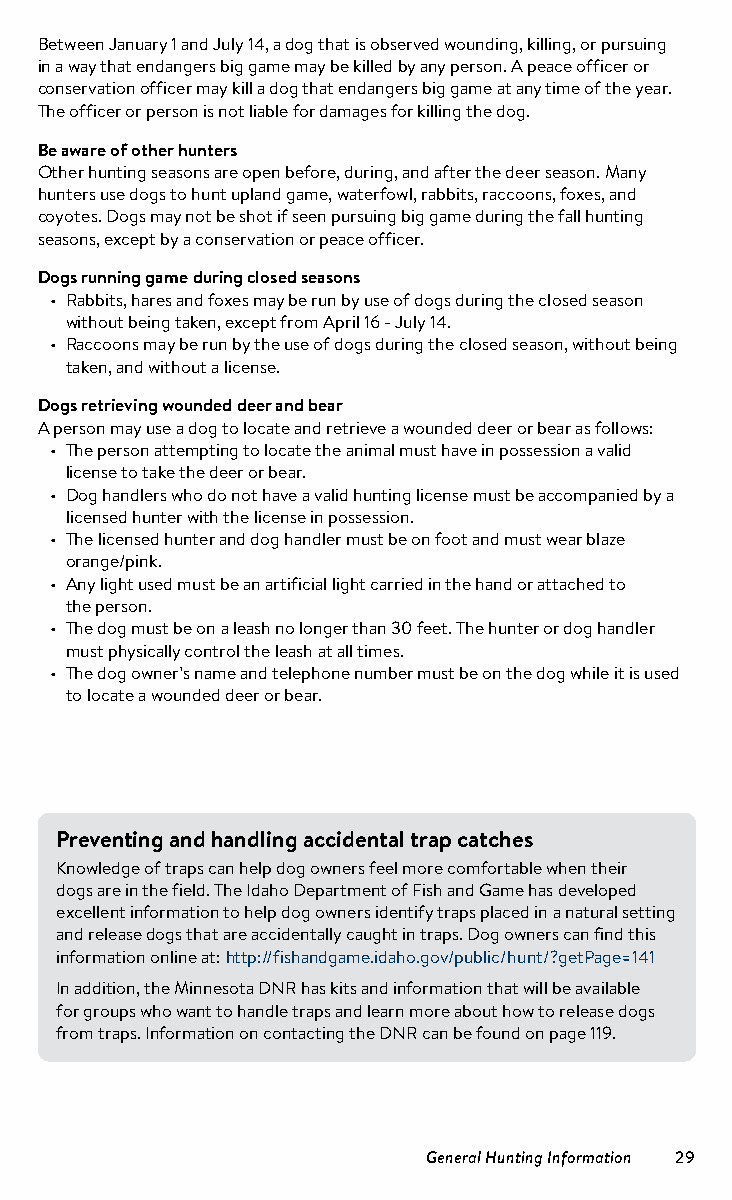
Between January 1 and July 14, a dog that is observed wounding, killing, or pursuing
 in a way that endangers big game may be killed by any person. A peace officer or
 conservation officer may kill a dog that endangers big game at any time of the year.
 The officer or person is not liable for damages for killing the dog.
 Be aware of other hunters
 Other hunting seasons are open before, during, and after the deer season. Many
 hunters use dogs to hunt upland game, waterfowl, rabbits, raccoons, foxes, and
 coyotes. Dogs may not be shot if seen pursuing big game during the fall hunting
 seasons, except by a conservation or peace officer.
 Dogs running game during closed seasons
 • Rabbits, hares and foxes may be run by use of dogs during the closed season
 without being taken, except from April 16 - July 14.
 • Raccoons may be run by the use of dogs during the closed season, without being
 taken, and without a license.
 Dogs retrieving wounded deer and bear
 A person may use a dog to locate and retrieve a wounded deer or bear as follows:
 • The person attempting to locate the animal must have in possession a valid
 license to take the deer or bear.
 • Dog handlers who do not have a valid hunting license must be accompanied by a
 licensed hunter with the license in possession.
 • The licensed hunter and dog handler must be on foot and must wear blaze
 orange/pink.
 • Any light used must be an artificial light carried in the hand or attached to
 the person.
 • The dog must be on a leash no longer than 30 feet. The hunter or dog handler
 must physically control the leash at all times.
 • The dog owner’s name and telephone number must be on the dog while it is used
 to locate a wounded deer or bear.
 Preventing and handling accidental trap catches
 Knowledge of traps can help dog owners feel more comfortable when their
 dogs are in the field. The Idaho Department of Fish and Game has developed
 excellent information to help dog owners identify traps placed in a natural setting
 and release dogs that are accidentally caught in traps. Dog owners can find this
 information online at: http://fishandgame.idaho.gov/public/hunt/?getPage=141
 In addition, the Minnesota DNR has kits and information that will be available
 for groups who want to handle traps and learn more about how to release dogs
 from traps. Information on contacting the DNR can be found on page 119.
 General Hunting Information 29